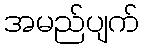
အမည်ပျက်